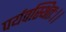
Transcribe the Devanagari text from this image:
पर्यवस्थितः।।